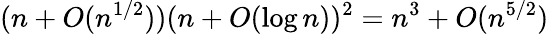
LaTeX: (n+O(n^{1/2}))(n+O(\log n))^{2}=n^{3}+O(n^{5/2})